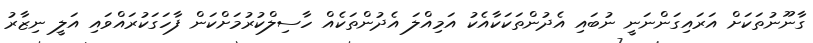
ގާނޫނުތަކަށް އަރައިގަންނަނީ ނުބައި އެދުންތަކަކާއެކު އަމިއްލަ އެދުންތަކެއް ހާސިލްކުރުމަށްކަން ފާހަގަކުރައްވައި އަލީ ނިޒާރު